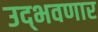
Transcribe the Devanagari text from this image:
उद्‌भवणार